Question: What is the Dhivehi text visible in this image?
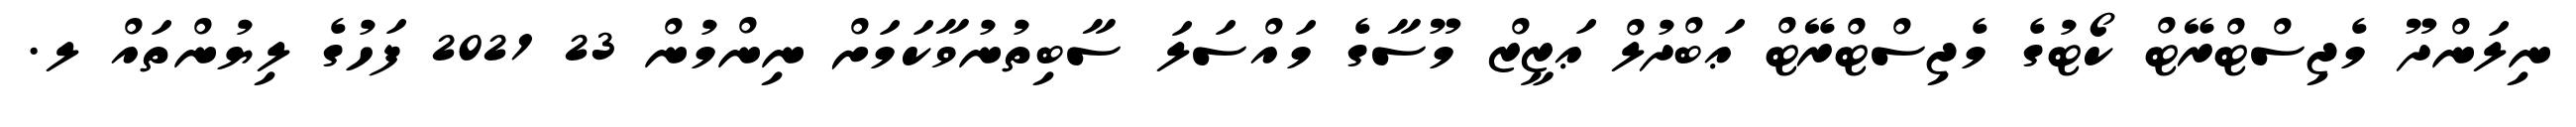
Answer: ނިލަންދޫ މެޖިސްޓްރޭޓް ކޯޓުގެ މެޖިސްޓްރޭޓް ޢަބްދުލް ޢަޒީޒް މޫސާގެ މައްސަލަ ސާބިތުނުވާކަމަށް ނިންމުން 23 2021 ފަހުގެ ލިޔުންތައް ލ.